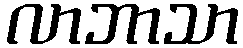
လာဘာသာ